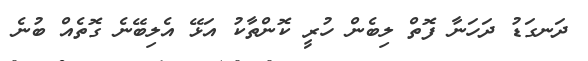
ދަނގަޑު ދަހަނާ ފޮތް ލިބެން ހުރީ ކޮންތާކު އަޅޭ އެލިބޭނެ ގޮތެއް ބުނެ